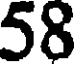
58